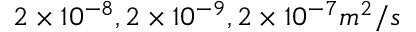
2 \times 1 0 ^ { - 8 } , 2 \times 1 0 ^ { - 9 } , 2 \times 1 0 ^ { - 7 } m ^ { 2 } / s